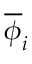
\overline { { \phi } } _ { i }